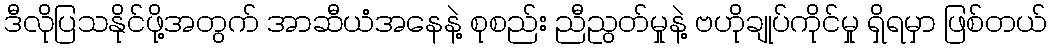
ဒီလိုပြသနိုင်ဖို့အတွက် အာဆီယံအနေနဲ့ စုစည်း ညီညွတ်မှုနဲ့ ဗဟိုချုပ်ကိုင်မှု ရှိရမှာ ဖြစ်တယ်